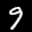
Label: 9